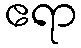
ဧရာ